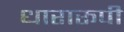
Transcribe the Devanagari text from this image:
धारारूपी